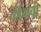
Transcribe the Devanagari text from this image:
वेर्डनची